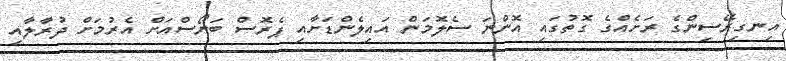
އިނގިރޭސިންގެ ރަށެއްގެ ގޮތުގައި އޮންނަ ސެލޮމަން އައިލެންޑަށާއި ޕެރޮސް ބަނޯސްއަށް އެރުމަށް ދުރާލާއި